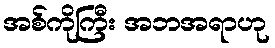
အစ်ကိုကြီး အဘအရာဟု